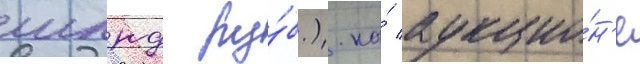
млрд ру́б.). на́ аукцио́н'е